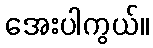
အေးပါကွယ်။